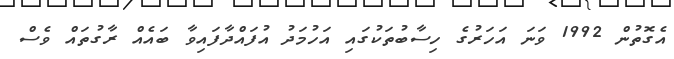
އެގޮތުން 1992 ވަނަ އަހަރުގެ ހިސާބުތަކުގައި އަހުމަދު އުފައްދާފައިވާ ބައެއް ރާގުތައް ވެސް